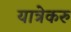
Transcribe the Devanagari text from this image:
यात्रेकरु